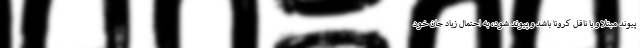
پیوند مبتلا و یا ناقل کرونا باشد و پیوند شود، به احتمال زیاد جان خود